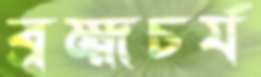
ব্রহ্মচর্য